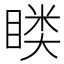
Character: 𭿎